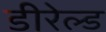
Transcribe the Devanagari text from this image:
डीरेल्ड